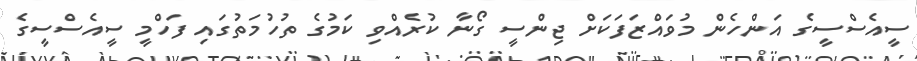
ސީއެސްސީގެ އަންހެން މުވައްޒަފަކަށް ޖިންސީ ގޯނާ ކުރެއްވި ކަމުގެ ތުހުމަތުގައި ފަހްމީ ސީއެސްސީގެ